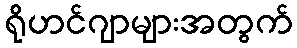
ရိုဟင်ဂျာများအတွက်